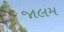
જાલમ